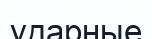
ударные